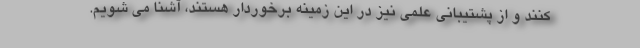
کنند و از پشتیبانی علمی نیز در این زمینه برخوردار هستند، آشنا می شویم.